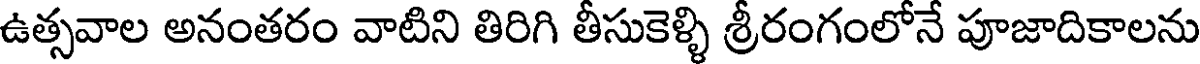
ఉత్సవాల అనంతరం వాటిని తిరిగి తీసుకెళ్ళి శ్రీరంగంలోనే పూజాదికాలను